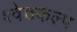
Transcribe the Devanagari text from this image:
श्वेतकल्प